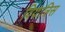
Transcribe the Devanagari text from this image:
वियात्रिस